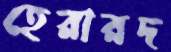
হেরারদ